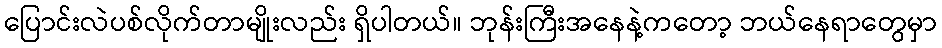
ပြောင်းလဲပစ်လိုက်တာမျိုးလည်း ရှိပါတယ်။ ဘုန်းကြီးအနေနဲ့ကတော့ ဘယ်နေရာတွေမှာ